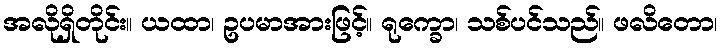
အလိုရှိတိုင်း။ ယထာ၊ ဥပမာအားဖြင့်။ ရုက္ခော၊ သစ်ပင်သည်။ ဖလိတော၊